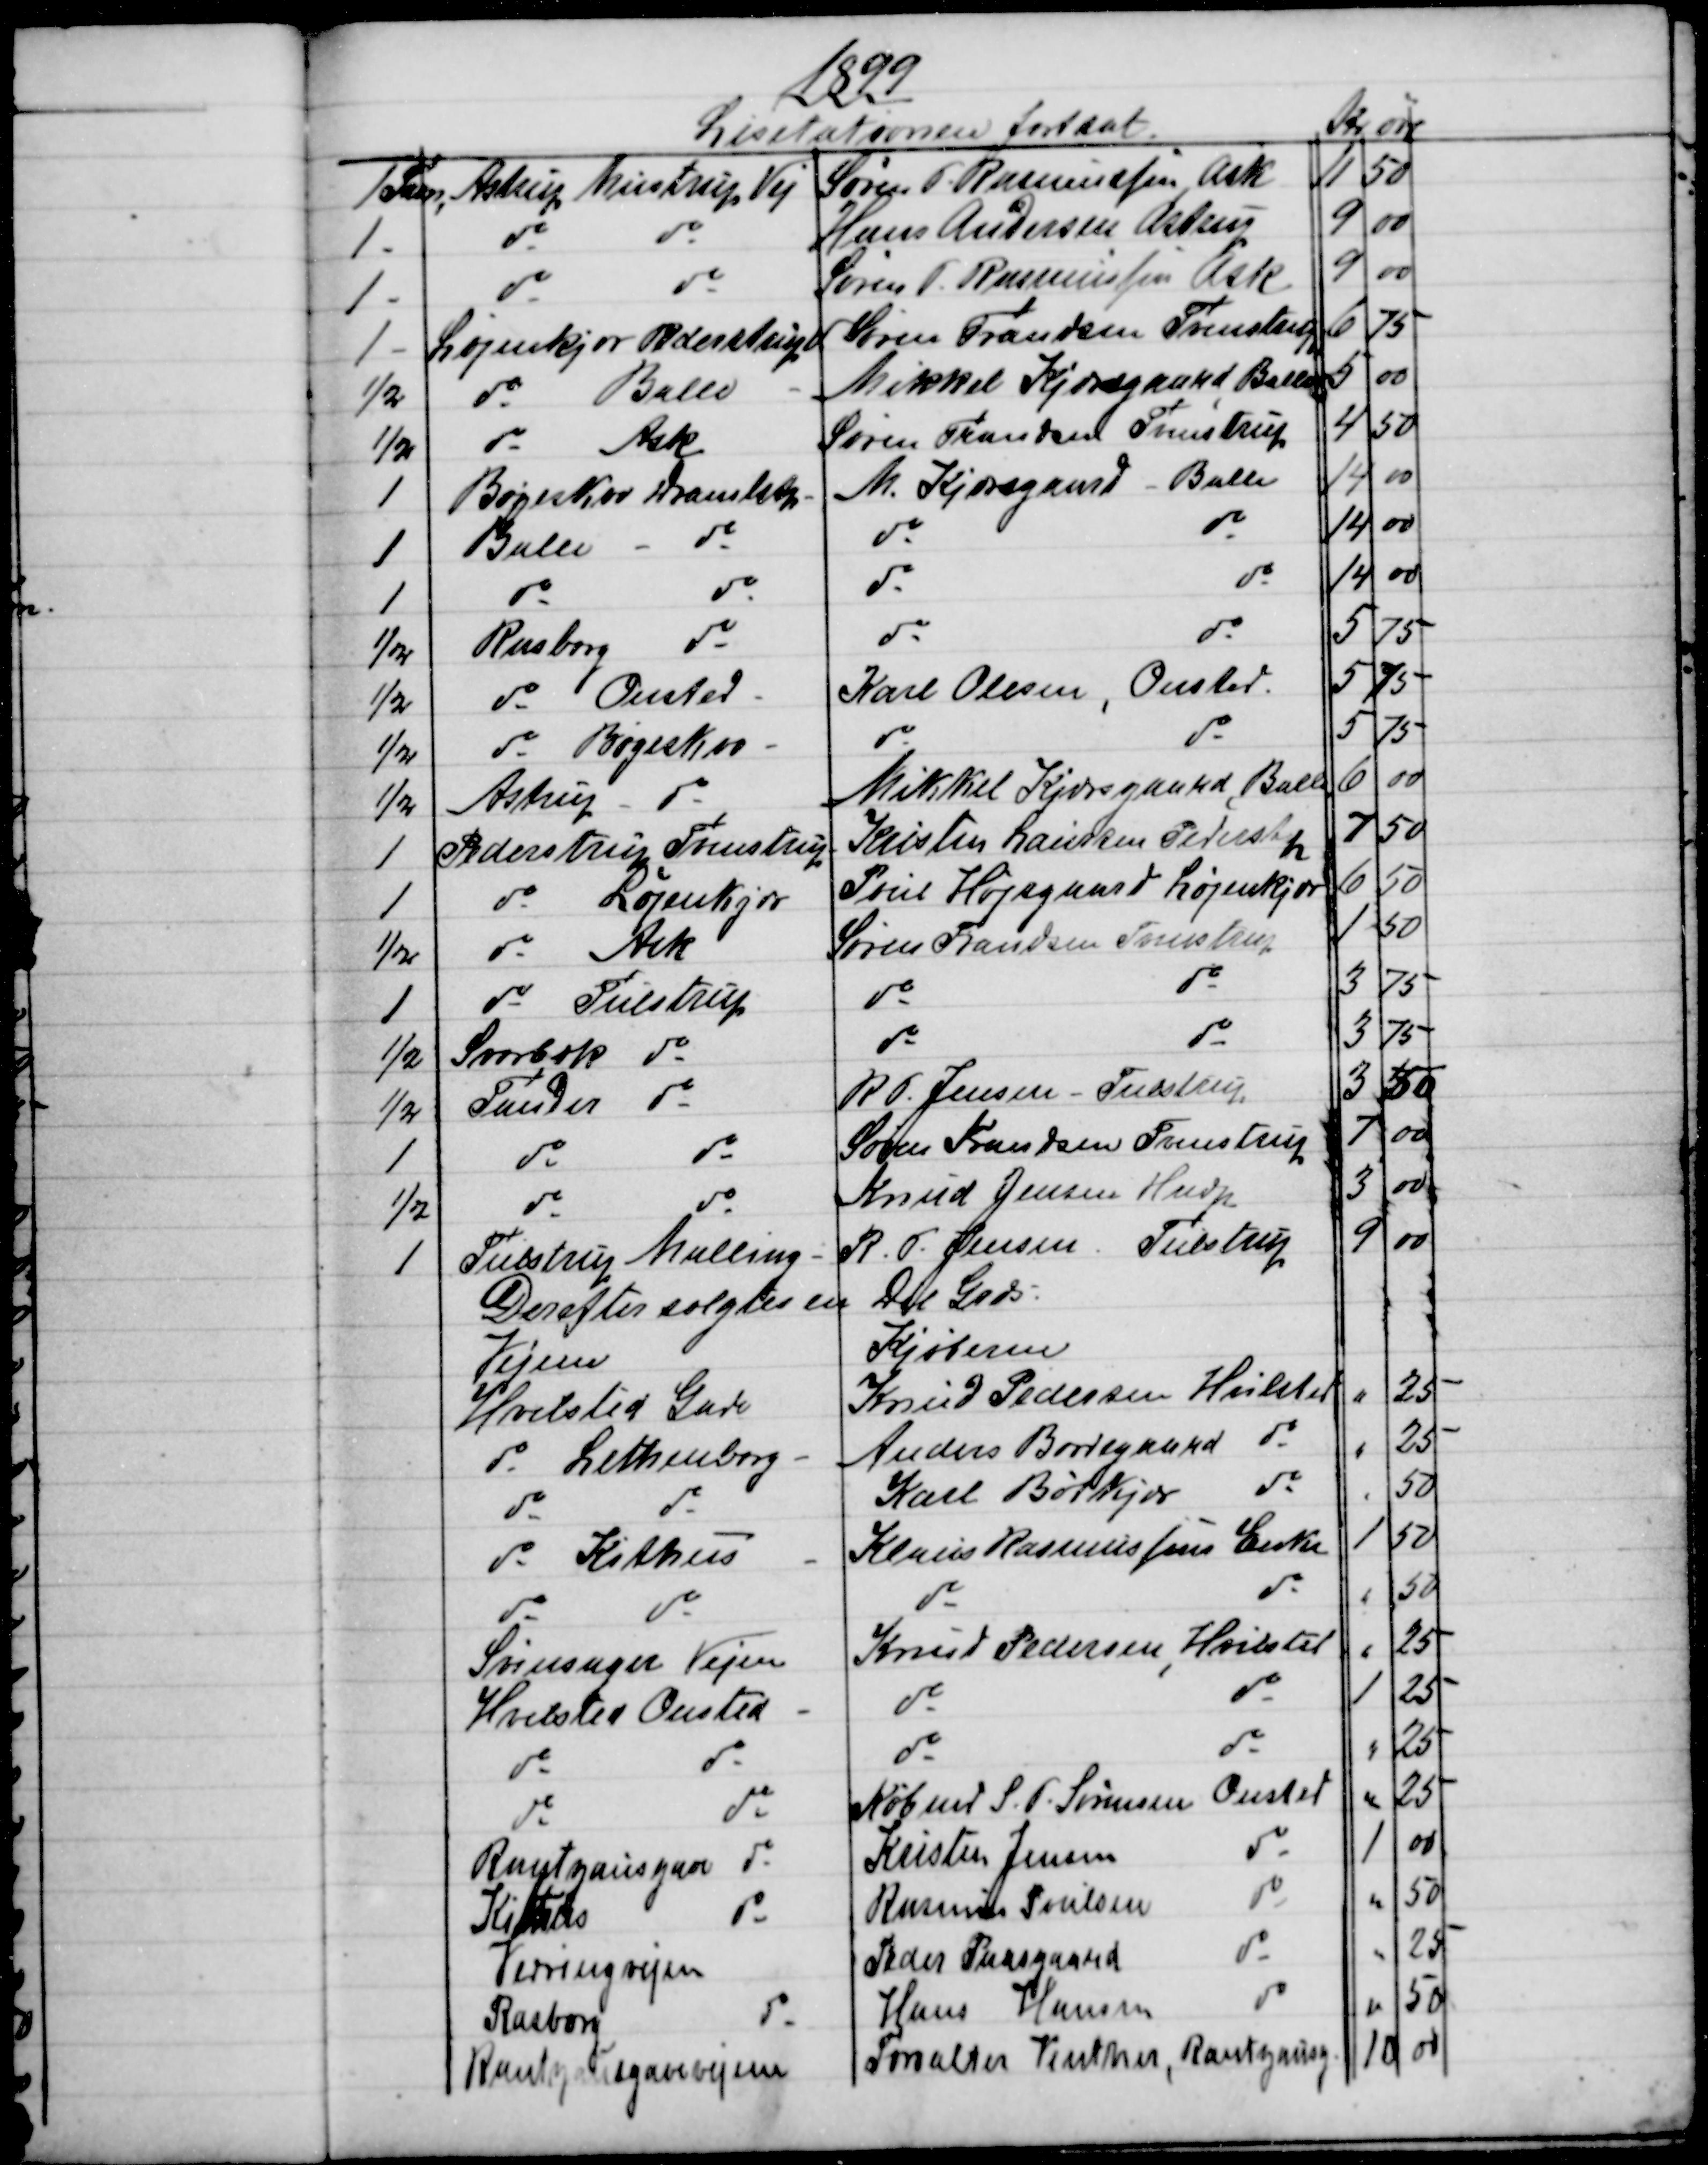
Transskription:
1899
Lisitationen fortsat
Kr  
øre
1 Favn,
Astrups Mustrup Vej
Søren P Rasmussen Ask
11
50
1 -
do
do
Hans Andersen Astrup
9
00
1 -
do
do
Søren P. Rasmussen Ask
9
00
1 -
Løjenkjær Pederstrup
Søren Frandsen Tvenstrup
6
75
½
do  
Balle
Mikkel Kjærsgaard Balle
5
00
½
do
Ask
Søren Frandsen Tvenstrup
4
50
1
Bøgeskov Dramlstp
M. Kjærsgaard - Balle
14
00
1
Balle
do
do
do
14
00
1
do
do
do
do
14
00
½
Rasborg
do
do
do
5
75
½
do Onsted.
Karl Olesen, Onsted.
5
75
½
do Bøgeskov
do
do
5
75
½
Astrup - do
Mikkel Kjærsgaard, Balle
6
00
1
Pederstrup Tvenstrup
Kristen Laursen Pederstp
7
50
1
do
Løjenkjær
Poul Højsgaard Løjenkjær
6
50
½
do
Ask
Søren Frandsen Tvenstrup
1
50
1
do Tulstrup
do
do
3
75
½
Svorbæk do
do
do
3
75
½
Tander do
R. P. Jensen - Tulstrup
3
50
1
do
do
Søren Frandsen Tvenstrup
7
00
½
do
do
Knud Jensen Hndp
3
00
1
Tulstrup Malling
R. P. Jensen, Tulstrup
9
00
Derefter solgtes en Del Græs.
Vejene
Kjøberne
Hvilsted Gade
Knud Pedersen Hvilsted
"
25
do Lethenborg
Anders Borregaard do
"
25
do
do
Karl Bøtkjær
do
50
do Kithus
Klaus Rasmussens Enke
1
50
do
do
do
do
"
50
Svinsager Vejen
Knud Pedersen Hvilsted
"
25
Hvilsted Onsted.
do
do
1
25
do
do
do
do
"
25
do
do
Købmd S. P. Sørensen Onsted
"
25
Ranzausgave  do
Kristen Jensen
do
1
00
Kithus
do
Rasmus Poulsen
do
"
50
Virringvejen
Peder Paasgaard
do
"
25
Rasborg
do
Hans Hansen
do
"
50
Ranzausgavevejen
Forvalter Vinther, Rantzausg
10 
00